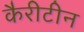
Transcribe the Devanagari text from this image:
कैरीटीन